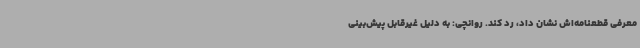
معرفی قطعنامه‌اش نشان داد، رد کند. روانچی: به دلیل غیرقابل پیش‌بینی